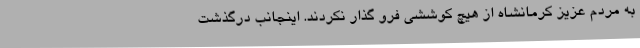
به مردم عزیز کرمانشاه از هیچ کوششی فرو گذار نکردند. اینجانب درگذشت